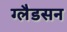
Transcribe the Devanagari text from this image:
ग्लैडसन